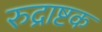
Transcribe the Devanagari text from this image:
रुद्राष्टक